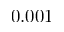
0 . 0 0 1